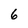
Character: 6